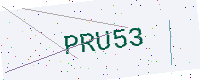
Text: PRU53